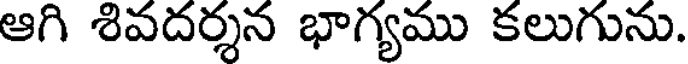
ఆగి శివదర్శన భాగ్యము కలుగును.